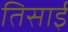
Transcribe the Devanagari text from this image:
तिसाई